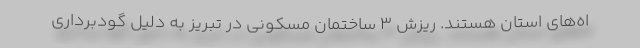
اه‌های استان هستند. ریزش 3 ساختمان مسکونی در تبریز به دلیل گودبرداری